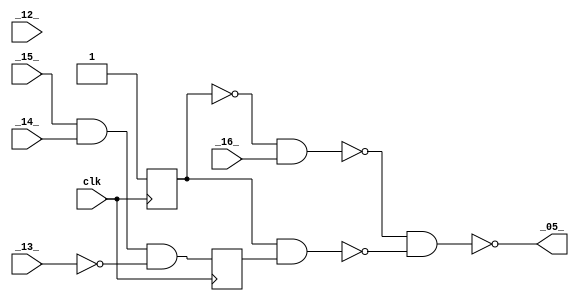
/* Generated by Yosys 0.9+3833 (git sha1 b0004911c, gcc 15.0.0 -fPIC -Os) */

module alu(clk, _12_, _13_, _14_, _15_, _16_, _05_);
  wire _00_;
  wire _01_;
  wire _02_;
  wire _03_;
  wire _04_;
  output _05_;
  wire _06_;
  wire _07_;
  wire _08_;
  wire _09_;
  wire _10_;
  wire _11_;
  input _12_;
  input _13_;
  input _14_;
  input _15_;
  input _16_;
  reg _17_ = 1'h0;
  reg _18_ = 1'h0;
  input clk;
  assign _01_ = _11_ & _09_;
  assign _03_ = _15_ & _14_;
  assign _04_ = _03_ & _06_;
  assign _05_ = _02_ & _00_;
  assign _08_ = _18_ & _17_;
  assign _10_ = _07_ & _16_;
  always @(posedge clk)
    _17_ <= _04_;
  always @(posedge clk)
    _18_ <= _00_;
  assign _00_ = ~1'h0;
  assign _02_ = ~_01_;
  assign _06_ = ~_13_;
  assign _07_ = ~_18_;
  assign _09_ = ~_08_;
  assign _11_ = ~_10_;
endmodule